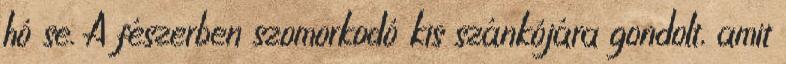
hó se. A fészerben szomorkodó kis szánkójára gondolt, amit